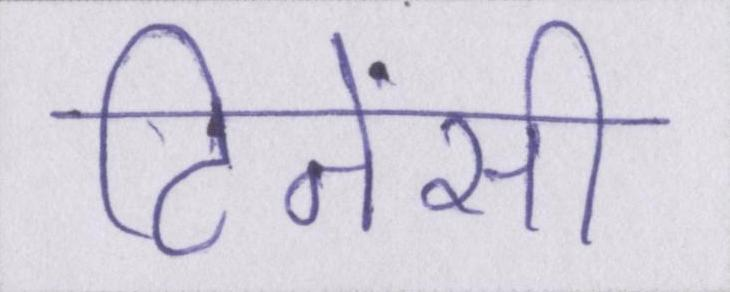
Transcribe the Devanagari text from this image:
टिनेंसी